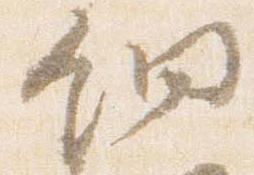
鈿